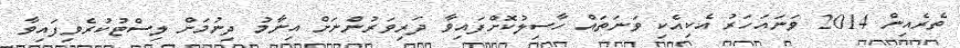
ތެރެއިން 2014 ވަނައަހަރު އެކިއެކި ވަނަތައް ހާސިލުކޮށްފައިވާ ދަރިވަރުންނަށް އިނާމު ދިނުމަށް ލިސްޓުކުރެވިފައިވާ